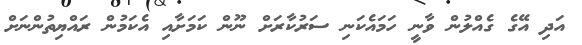
އަދި އޭގެ ގެއްލުން ވާނީ ހަމައެކަނި ސަރުކާރަށް ނޫން ކަމަށާއި އެކަމުން ރައްޔިތުންނަށް